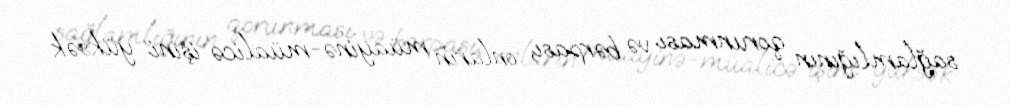
sağlamlığının qorunması və bərpası, onların müayinə-müalicə işini yüksək